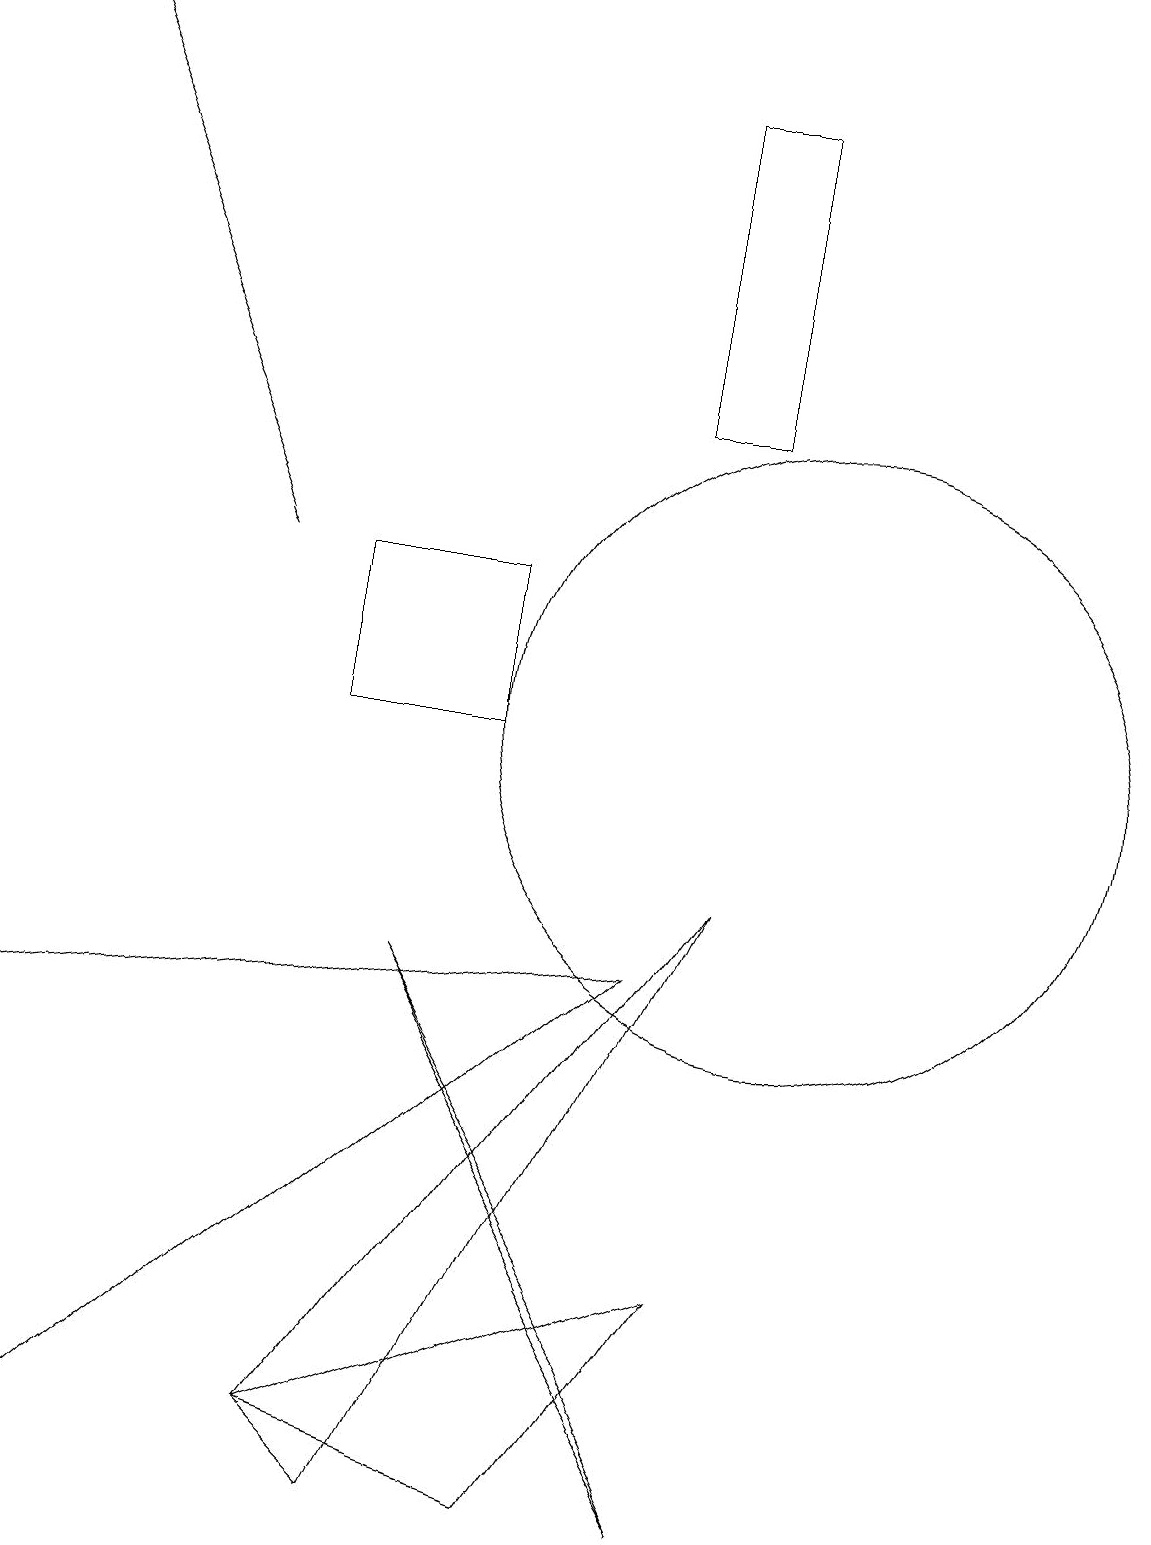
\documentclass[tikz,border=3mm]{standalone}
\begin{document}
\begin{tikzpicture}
\draw (4,1) -- (9,8) -- (5,0) -- cycle;
\draw[->] (3,12) -- (0,19);
\draw (5,7) -- (9,0) -- (8,2) -- cycle;
\draw (9,3) -- (4,1) -- (7,0) -- cycle;
\draw (9,14) rectangle (8,18);
\draw (6,12) rectangle (4,10);
\draw (0,6) -- (0,0) -- (8,7) -- cycle;
\draw (10,10) circle (4);
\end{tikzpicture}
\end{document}